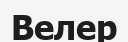
Велер